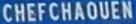
CHEFCHAOUEN